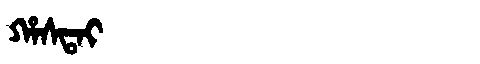
Manchu: ᡥᠠᠰᡨᠠᡳ
Romanization: HASTAI